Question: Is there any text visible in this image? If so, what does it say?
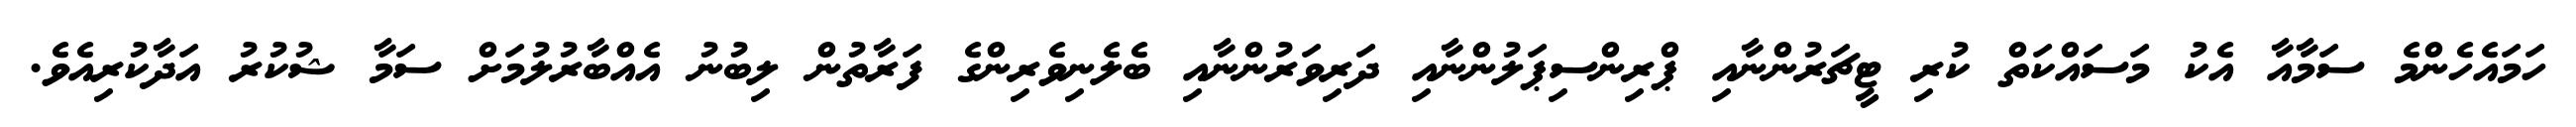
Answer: ހަމައެހެންމެ ސަމާއާ އެކު މަސައްކަތް ކުރި ޓީޗަރުންނާއި ޕްރިންސިޕަލުންނާއި ދަރިވަރުންނާއި ބެލެނިވެރިންގެ ފަރާތުން ލިބުނު އެއްބާރުލުމަށް ސަމާ ޝުކުރު އަދާކުރިއެވެ.